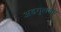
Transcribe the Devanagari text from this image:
अडगुलवार